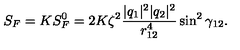
S _ { F } = K S _ { F } ^ { 0 } = 2 K \zeta ^ { 2 } \frac { | q _ { 1 } | ^ { 2 } | q _ { 2 } | ^ { 2 } } { r _ { 1 2 } ^ { 4 } } \sin ^ { 2 } \gamma _ { 1 2 } .